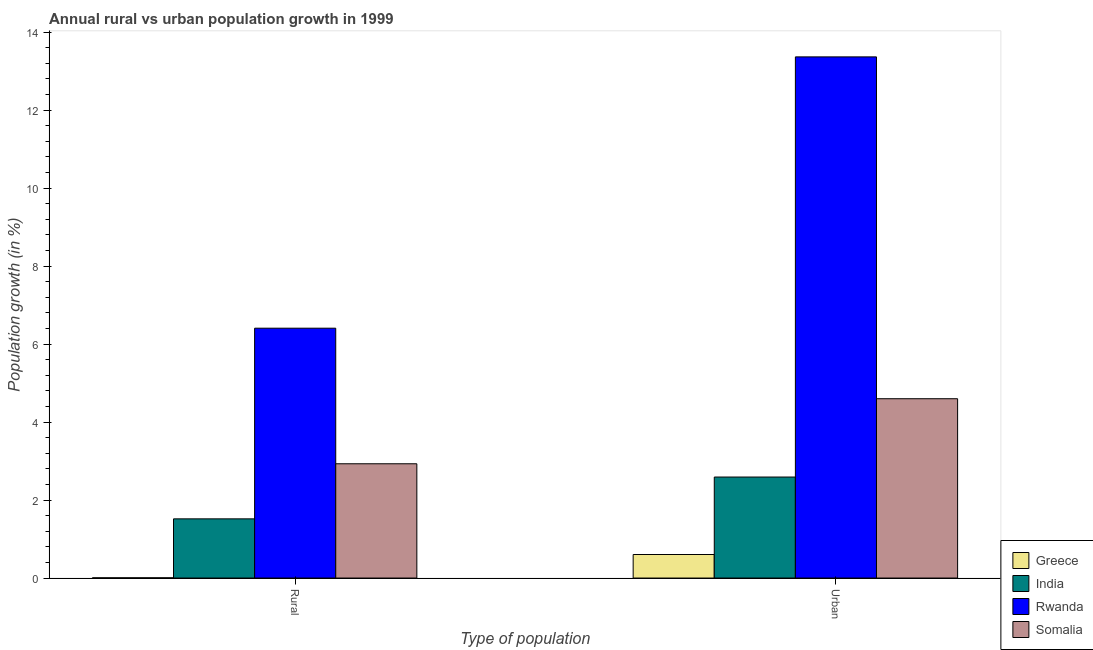
| Type of population | Greece | India | Rwanda | Somalia |
 | --- | --- | --- | --- | --- |
 | Rural | 0.00594 | 1.52 | 6.41 | 2.93 |
 | Urban  | 0.603 | 2.59 | 13.4 | 4.6 |